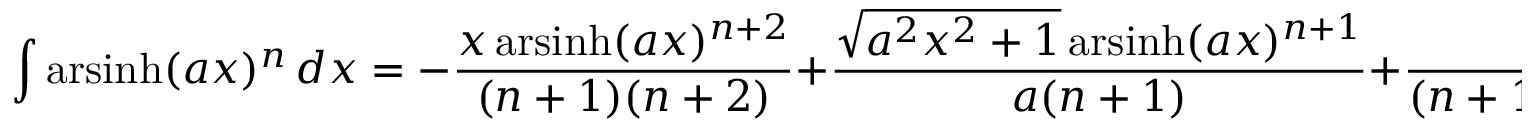
\int \operatorname { a r s i n h } ( a x ) ^ { n } \, d x = - { \frac { x \operatorname { a r s i n h } ( a x ) ^ { n + 2 } } { ( n + 1 ) ( n + 2 ) } } + { \frac { { \sqrt { a ^ { 2 } x ^ { 2 } + 1 } } \operatorname { a r s i n h } ( a x ) ^ { n + 1 } } { a ( n + 1 ) } } + { \frac { 1 } { ( n + 1 ) ( n + 2 ) } } \int \operatorname { a r s i n h } ( a x ) ^ { n + 2 } \, d x \quad ( n \neq - 1 , - 2 )